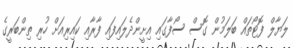
ލަޔާލް ފޮޓޯތައް ބަލަމުން ގޮސް ސޯފާގައި އިށީންދެލައިފައި ފާރާއި ކައިރިއަށް ހުރި ތިންބަރީގެ